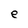
Character: e